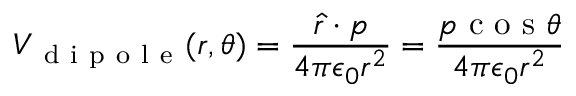
V _ { \mathrm { ~ d ~ i ~ p ~ o ~ l ~ e ~ } } ( r , \theta ) = \frac { \hat { r } \cdot p } { 4 \pi \epsilon _ { 0 } r ^ { 2 } } = \frac { p \mathrm { ~ c ~ o ~ s ~ } \theta } { 4 \pi \epsilon _ { 0 } r ^ { 2 } }